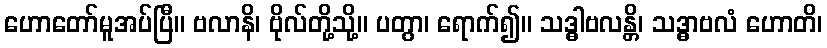
ဟောတော်မူအပ်ပြီ။ ဗလာနိ၊ ဗိုလ်တို့သို့။ ပတွာ၊ ရောက်၍။ သဒ္ဓါဗလန္တိ၊ သဒ္ဓာဗလံ ဟောတိ၊